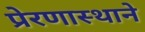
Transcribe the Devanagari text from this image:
प्रेरणास्थाने